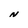
Character: N